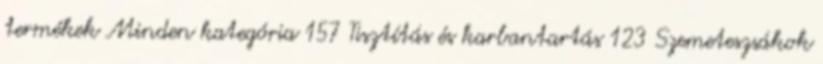
termékek Minden kategória 157 Tisztítás és karbantartás 123 Szemeteszsákok